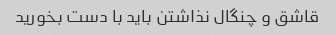
قاشق و چنگال نذاشتن باید با دست بخورید